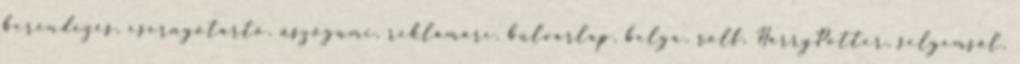
berendezés, esernyőtartó, úszógumi, reklámarc, bulvárlap, belga, rolf, HarryPotter, selyemsál,